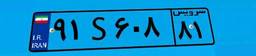
۹۱S۶۰۸۸۱